Civil Veterinary Department Bihar reports 1936-40 - 1936-1940
Year: 1936
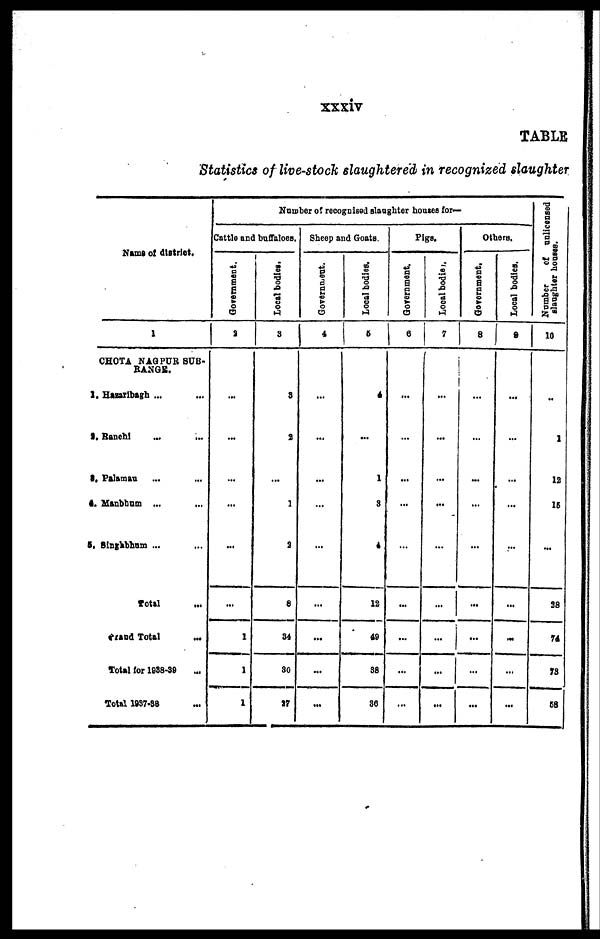
xxxiv
TABLE
Statistics of live-stock slaughtered in recognized slaughter
Nama of district.
1
CHOTA NAGPUR SUB-
BANGS.
1. Hazaribagh ... ...
2. Banchi ... ...
3. Palamau ... ...
4. Manbhum ...
...
5. Singhbhum ... ...
Total ...
Grand Total
...
Total for 1838-39 ...
Total 1937-38 ...
Number of recognised slaughter houses for—
Cattle and buffaloes.
Government.
2
...
...
...
...
...
...
1
1
1
Local bodies.
3
9
2
...
1
2
8
34
30
27
Sheep and Goats.
Government.
4
...
...
...
...
...
...
...
...
...
Local bodies.
5
4
...
1
3
4
12
49
38
36
Pigs.
Government.
6
...
...
...
...
...
...
...
...
...
Local bodies.
7
...
...
...
...
...
...
...
...
...
Others.
Government.
8
...
...
...
...
...
...
...
...
...
Local bodies.
9
...
...
...
...
...
...
...
...
...
Number of unlicensed
slaughter houses.
10
...
1
12
15
...
28
74
73
58